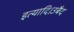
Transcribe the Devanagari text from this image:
इत्यादि।उबैद